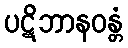
ပဋိဘာနဝန္တံ